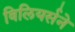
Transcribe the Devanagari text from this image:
विलियर्सने